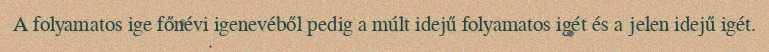
A folyamatos ige főnévi igenevéből pedig a múlt idejű folyamatos igét és a jelen idejű igét.